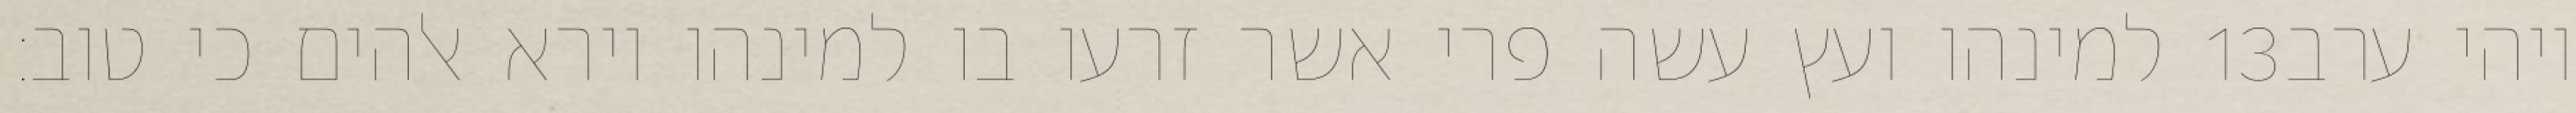
למינהו ועץ עשה פרי אשר זרעו בו למינהו וירא אלהים כי טוב׃ ‎13‏ ויהי ערב